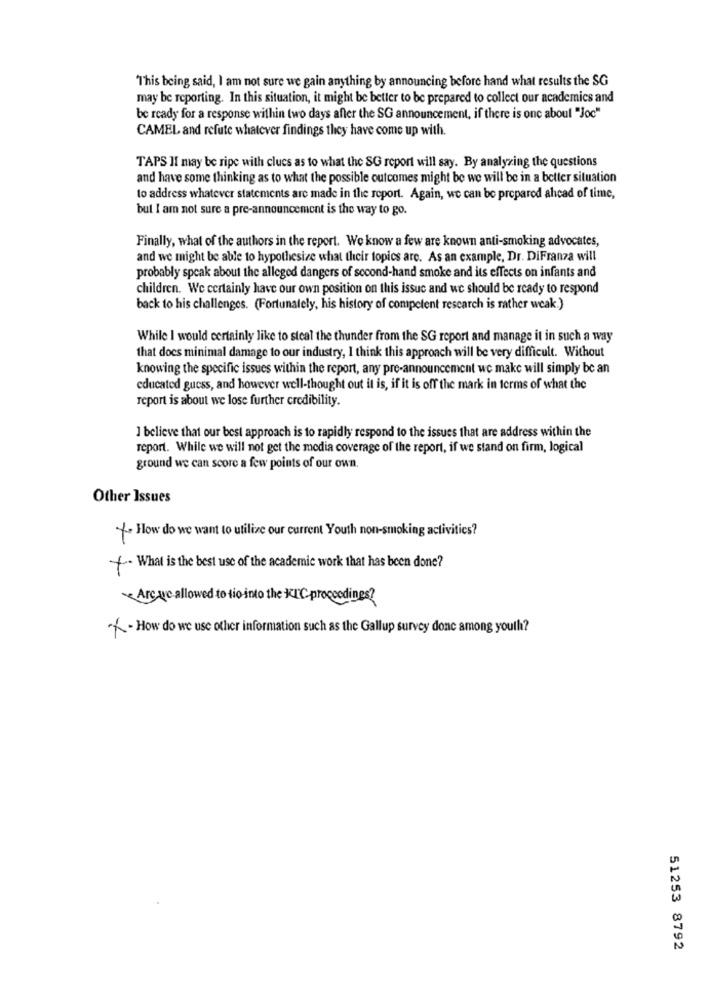
This being said, I am not sure we gain anything by announcing before hand what results the SG
may be reporting. In this situation, it might be better to be prepared to collect our academics and
be ready for a response within two days after the SG announcement, if there is one aboul "Joc"
CAMEL and refute whatever findings they have come up with.
TAPS II may be ripe with clues as to what the SG report will say. By analyzing the questions
and have some thinking as to what the possible outcomes might be we will be in a better situation
to address whatever statements are made in the report. Again, we can be prepared ahead of time,
but I am not sure a pre-announcement is the way to go.
Finally, what of the authors in the report. We know a few are known anti-smoking advocates,
and we might be able to hypothesize what their topics are. As an example, Dr. DiFranza will
probably speak about the alleged dangers of second-hand smoke and its effects on infants and
children. We certainly have our own position on this issue and we should be ready to respond
back to his challenges. (Fortunately, his history of competent research is rather weak.)
While I would certainly like to steal the thunder from the SG report and manage it in such a way
that does minimal damage to our industry, I think this approach will be very difficult. Without
knowing the specific issues within the report, any pre-announcement we make will simply be an
educated guess, and however well-thought out it is, if it is off the mark in terms of what the
report is about we lose further credibility.
I believe that our best approach is to rapidly respond to the issues that are address within the
report. While we will not get the media coverage of the report, if we stand on firm, logical
ground we can score a few points of our own.
Other Issues
/- How do we want to utilize our current Youth non-smoking activities?
+- What is the best use of the academic work that has been done?
Arc are allowed to tio into the KIC proccodines?
-- How do we use other information such as the Gallup survey donc among youth?
51253 8792